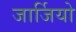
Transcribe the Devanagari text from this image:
जार्जियो